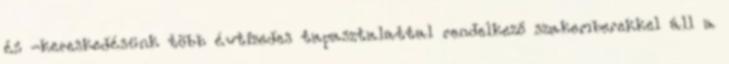
és -kereskedésünk több évtizedes tapasztalattal rendelkező szakemberekkel áll a